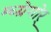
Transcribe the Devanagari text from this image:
म्च्ग्रेगोर्